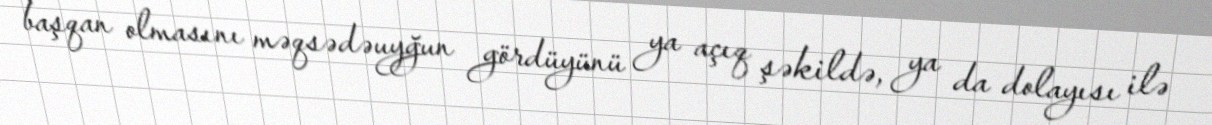
başqan olmasını məqsədəuyğun gördüyünü ya açıq şəkildə, ya da dolayısı ilə